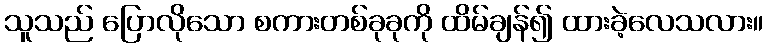
သူသည် ပြောလိုသော စကားတစ်ခုခုကို ထိမ်ချန်၍ ထားခဲ့လေသလား။